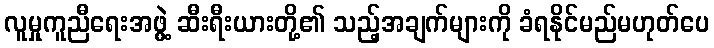
လူမှုကူညီရေးအဖွဲ့ ဆီးရီးယားတို့၏ သည့်အချက်များကို ခံရနိုင်မည်မဟုတ်ပေ